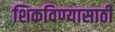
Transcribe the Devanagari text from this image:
शिकविण्‍यासाठी